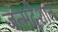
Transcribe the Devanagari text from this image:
जन्मदेशात